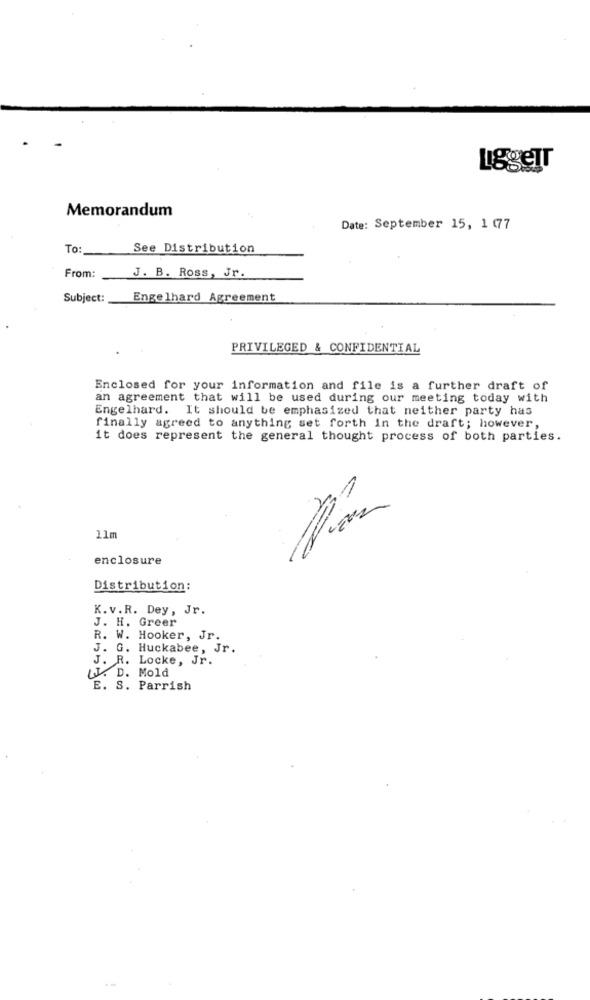
LggeTr
Memorandum
Date: September 15, 1 (77
To:
See Distribution
From:
J. B. Ross, Jr.
Subject:
Engelhard Agreement
PRIVILEGED & CONFIDENTIAL
Enclosed for your information and file is a further draft of
an agreement that will be used during our meeting today with
Engelhard. It should be emphasized that neither party has
finally agreed to anything set forth in the draft; however,
it does represent the general thought process of both parties.
11m
enclosure
Distribution:
K. v.R. Dey, Jr.
J. H. Greer
R. W. Hooker, Jr.
J. G. Huckabee, Jr.
J. R. Locke, Jr.
J. D. Mold
E. S. Parrish